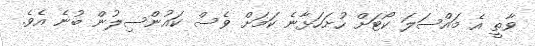
ވާތީ އެ މައްސަލަ ކޯޓަށް ހުށަހަޅާނެ ކަމަށް ވެސް ކައުންސިލުން ބުނެ އެވެ.